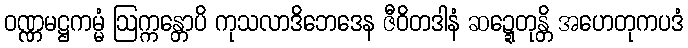
ဝဏ္ဏမဋ္ဌကမ္မံ ဩက္ကန္တောပိ ကုသလာဒိဘေဒေန ဇီဝိတဒါနံ ဆဍ္ဍေတုန္တိ အဟေတုကပဒံ